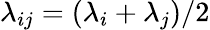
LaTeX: \lambda_{ij}=(\lambda_{i}+\lambda_{j})/2